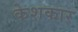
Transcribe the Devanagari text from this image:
केशकार